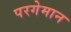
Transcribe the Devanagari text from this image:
परगेमान